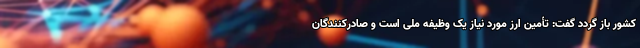
کشور باز گردد گفت: تأمین ارز مورد نیاز یک وظیفه ملی است و صادرکنندگان